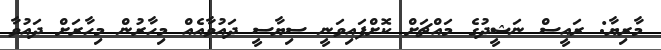
މާރިޔާ: ރައީސް ނަޝީދުގެ މައްޗަށް ކޮށްފައިވަނީ ސިޔާސީ ދައުވާއެއް މިހާރުން މިހާރަށް ދައުވާ